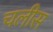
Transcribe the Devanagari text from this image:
चलीस